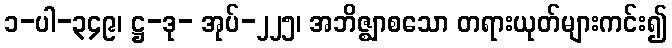
၁-ပါ-၃၄၉၊ ဋ္ဌ-ဒု- အုပ်-၂၂၅၊ အဘိဇ္ဈာစသော တရားယုတ်များကင်း၍